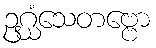
ဥဂ္ဃံသေတဗ္ဗော